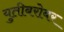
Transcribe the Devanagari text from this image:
युतीबरोबर